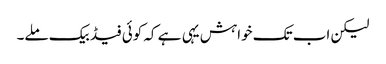
لیکن اب تک خواہش یہی ہے کہ کوئی فیڈ بیک ملے۔